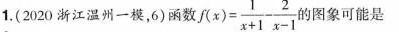
1. (2020江温州一根，6)函数 $$f(x)= \frac{1}{x+1} - \frac{2}{x-1} $$ 图象可能是